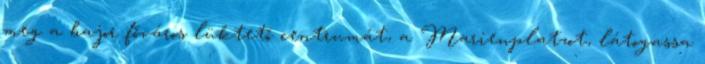
meg a bajor főváros lüktető centrumát, a Marienplatzot, látogassa